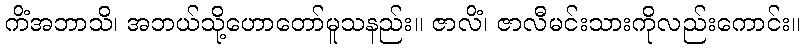
ကိံအဘာသိ၊ အဘယ်သို့ဟောတော်မူသနည်း။ ဇာလိံ၊ ဇာလီမင်းသားကိုလည်းကောင်း။